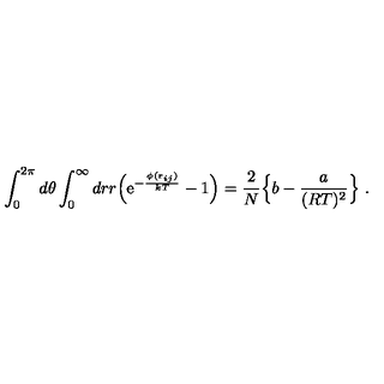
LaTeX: \int _ { 0 } ^ { 2 \pi } d \theta \int _ { 0 } ^ { \infty } d r r \Bigl ( \mathrm { e } ^ { - { \frac { \phi ( { \bf r } _ { i j } ) } { k T } } } - 1 \Bigr ) = { \frac { 2 } { N } } \Bigl \{ b - { \frac { a } { ( R T ) ^ { 2 } } } \Bigr \} \ .